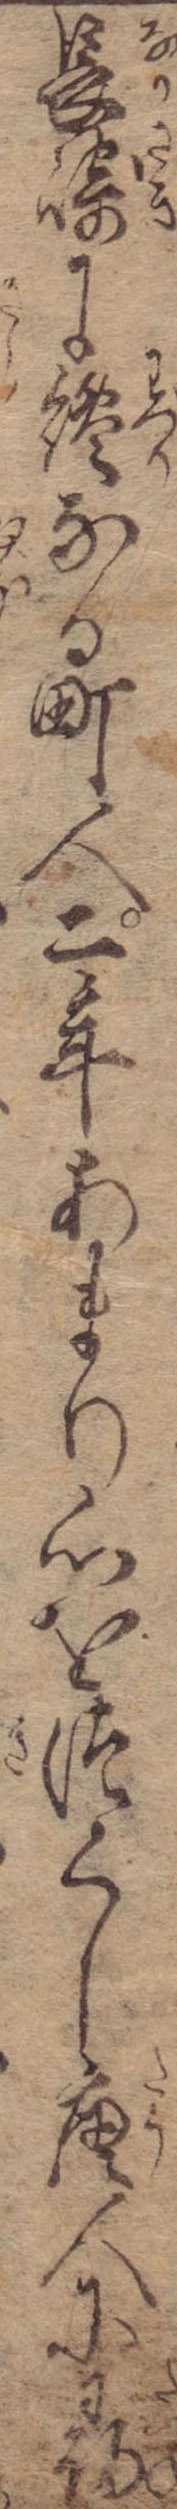
長崎に纔なる町人二年あまり心をつくし唐人に尋